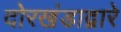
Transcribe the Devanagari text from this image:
दोरखंडाद्वारे